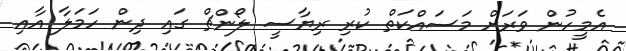
އެމީހުން ވަރަށް މަސައްކަތް ކުރި ރިޔާސީ ލޯންޗް ގައި ދިން ހަމަލާ އާއި